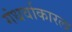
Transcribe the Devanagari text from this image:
गंधर्वाकारला